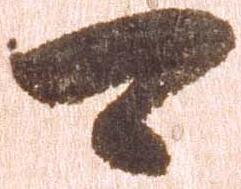
可